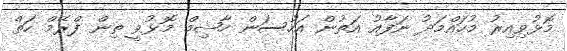
މޮޅުވިއިރު މުހައްމަދު ނަފާއު އަތުން އަހުސަން ހާޝިމް މޮޅުވީ ތިން ފްރޭމް ހަތް